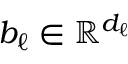
b _ { \ell } \in \mathbb { R } ^ { d _ { \ell } }